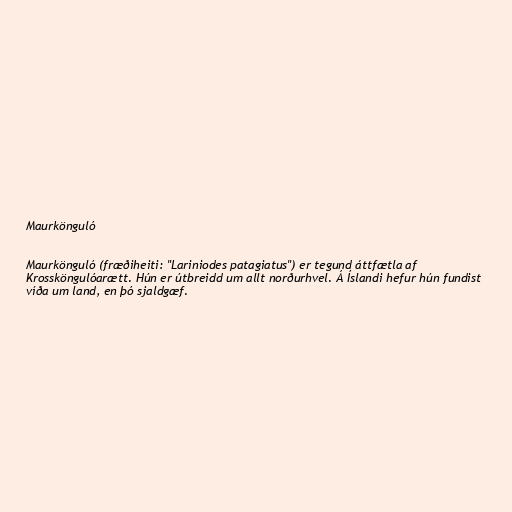
Maurkönguló

Maurkönguló (fræðiheiti: "Lariniodes patagiatus") er tegund áttfætla af
Krossköngulóarætt. Hún er útbreidd um allt norðurhvel. Á Íslandi hefur hún fundist
víða um land, en þó sjaldgæf.